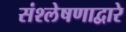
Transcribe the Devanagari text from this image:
संश्लेषणाद्वारे